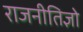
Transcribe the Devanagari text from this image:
राजनीतिज्ञो